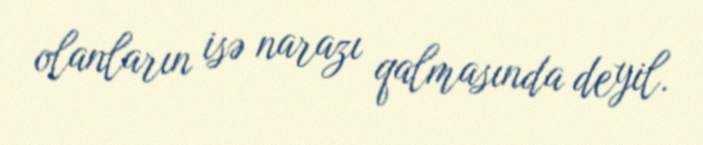
olanların isə narazı qalmasında deyil.